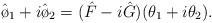
LaTeX: \begin{align*}\hat\o_1+i\hat\o_2=(\hat{F}-i\hat{G})(\theta_1+i\theta_2).\end{align*}